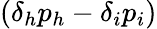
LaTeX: (\delta_{h}p_{h}-\delta_{i}p_{i})